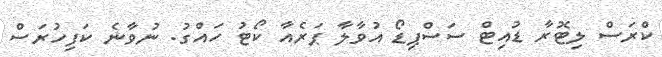
ކްރަސް ލިޓޮރާ ޑުއިޓް ސަސްޕިޑޯ އުވާލާ ޕަރެއާ ކޯޓު ހައްގު. ނުވާނެ ކަފިހުރަސް